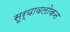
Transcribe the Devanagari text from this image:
सूर्यावलोकन